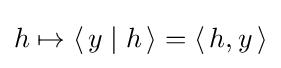
{\textstyle h\mapsto \left\langle \,y\mid h\,\right\rangle =\left\langle \,h,y\,\right\rangle }